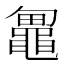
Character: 𱋼